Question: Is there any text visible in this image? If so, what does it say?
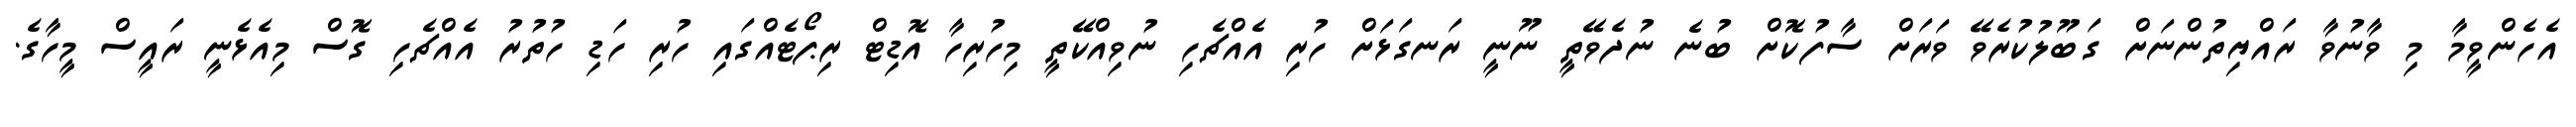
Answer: އެހެންވީމާ މި ވާނުވާ ރައްޔިތުންނަށް ގަބޫލުކުރެވޭ ވަރަށް ސާފުކޮށް ބުނެ ނުދެވޭތީ ނޫނީ ރަނގަޅަށް ހުރި އެއްޗެހި ނުވިއްކޭތީ މިހުރިހާ އޮޑިޓް ރިޕޯޓެއްގައި ހުރި ހަޑި ހުތުރު އެއްޗެހި ގޮސް މިއެޅެނީ ރައީސް މީހާގެ.